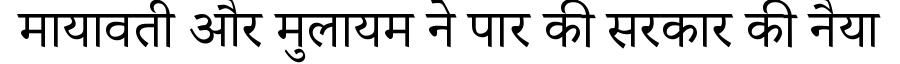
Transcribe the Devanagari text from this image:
मायावती और मुलायम ने पार की सरकार की नैया